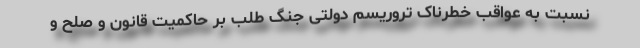
نسبت به عواقب خطرناک تروریسم دولتی جنگ طلب بر حاکمیت قانون و صلح و